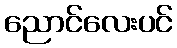
ညောင်လေးပင်